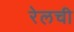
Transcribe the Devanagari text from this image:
रेलची